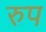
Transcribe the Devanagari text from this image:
रुप